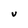
Character: U